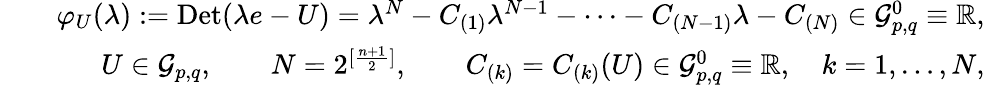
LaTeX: \begin{array}{rlr}&{}&{\varphi_{U}(\lambda):=\mathrm{Det}(\lambda e-U)=\lambda^{N}-C_{(1)}\lambda^{N-1}-\cdots-C_{(N-1)}\lambda-C_{(N)}\in\mathcal{G}_{p,q}^{0}\equiv\mathbb{R},}\\ &{}&{U\in\mathcal{G}_{p,q},\qquad N=2^{[\frac{n+1}{2}]},\qquad C_{(k)}=C_{(k)}(U)\in\mathcal{G}_{p,q}^{0}\equiv\mathbb{R},\quad k=1,\ldots,N,}\end{array}